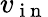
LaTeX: v_{\mathrm{~i~n~}}